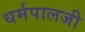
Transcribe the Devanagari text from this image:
धर्मपालजी